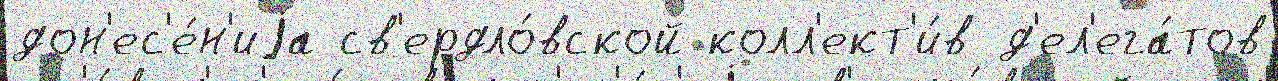
дон'ес'е́н'иjа св'ердло́вской колл'ект'и́в д'ел'ега́тов